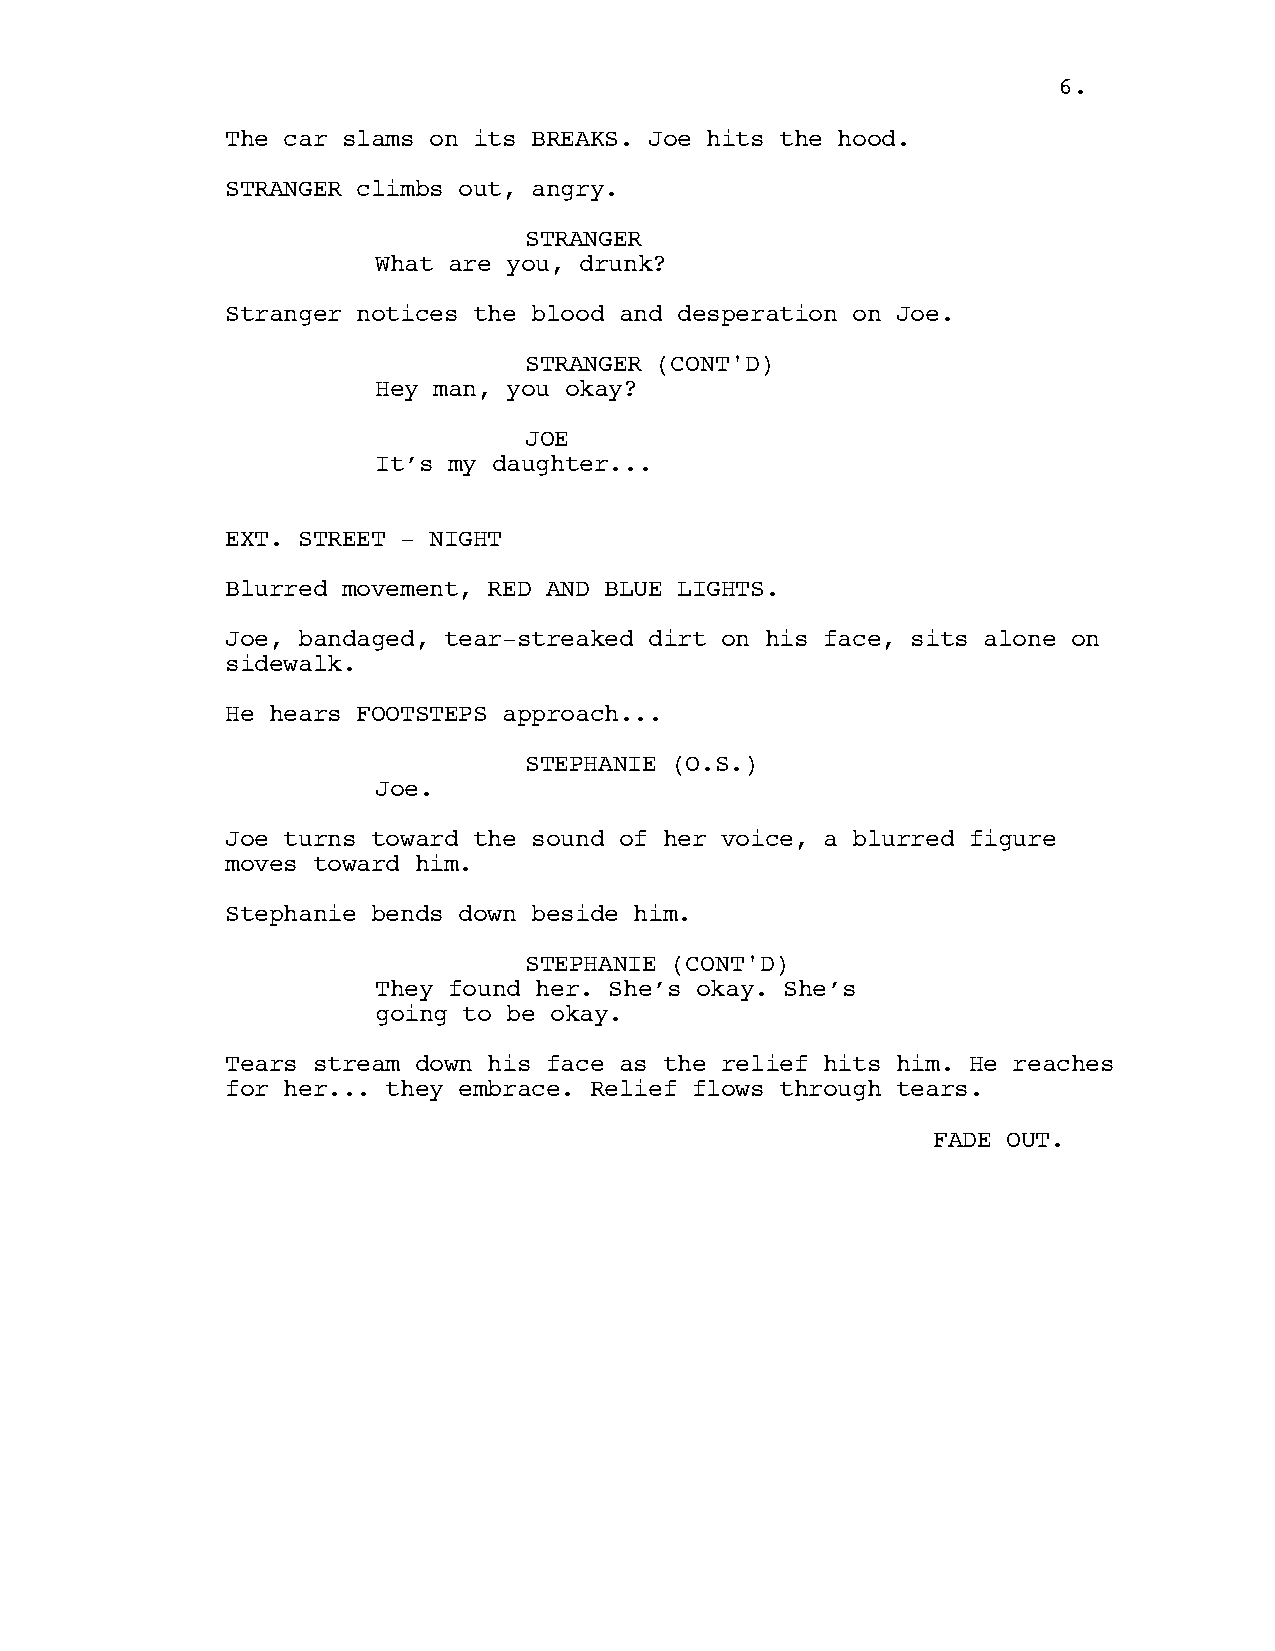
66..
 The car slams on its BREAKS. Joe hits the hood.
 STRANGER climbs out, angry.
 STRANGER
 What are you, drunk?
 Stranger notices the blood and desperation on Joe.
 STRANGER (CONT'D)
 Hey man, you okay?
 JOE
 It’s my daughter...
 EXT. STREET - NIGHT
 Blurred movement, RED AND BLUE LIGHTS.
 Joe, bandaged, tear-streaked dirt on his face, sits alone on
 sidewalk.
 He hears FOOTSTEPS approach...
 STEPHANIE (O.S.)
 Joe.
 Joe turns toward the sound of her voice, a blurred figure
 moves toward him.
 Stephanie bends down beside him.
 STEPHANIE (CONT'D)
 They found her. She’s okay. She’s
 going to be okay.
 Tears stream down his face as the relief hits him. He reaches
 for her... they embrace. Relief flows through tears.
 FADE OUT.